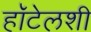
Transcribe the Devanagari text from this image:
हॉटेलशी